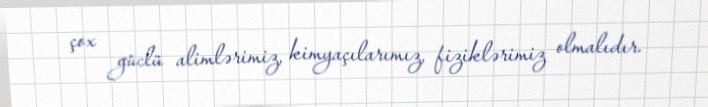
çox güclü alimlərimiz, kimyaçılarımız, fiziklərimiz olmalıdır.